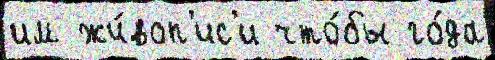
им жи́воп'ис'и что́бы го́да